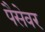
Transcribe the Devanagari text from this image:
पैसेवर